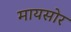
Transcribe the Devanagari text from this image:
मायसोर